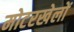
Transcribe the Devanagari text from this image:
मोटरखेलों